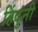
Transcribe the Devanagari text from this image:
हिंदुंनी